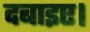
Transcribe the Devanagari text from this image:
दबाइए।